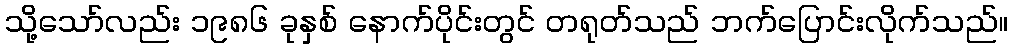
သို့သော်လည်း ၁၉၈၆ ခုနှစ် နောက်ပိုင်းတွင် တရုတ်သည် ဘက်ပြောင်းလိုက်သည်။